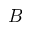
B